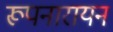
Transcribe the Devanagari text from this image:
रूपनारायन